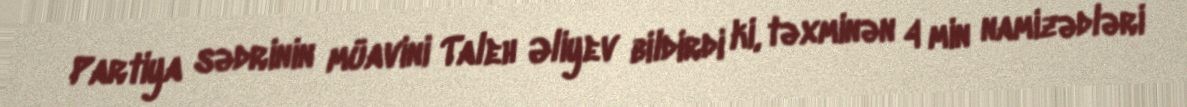
Partiya sədrinin müavini Taleh Əliyev bildirdi ki, təxminən 4 min namizədləri